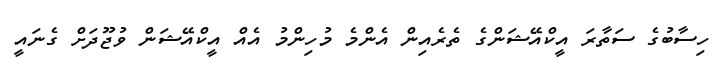
ހިސާބުގެ ސަތާރަ އީކްއޭޝަންގެ ތެރެއިން އެންމެ މުހިންމު އެއް އީކްއޭޝަން ވުޖޫދަށް ގެނައީ